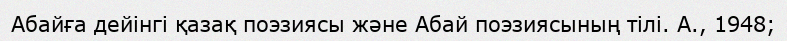
Абайға дейінгі қазақ поэзиясы және Абай поэзиясының тілі. А., 1948;